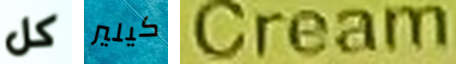
كل كيلير Cream